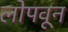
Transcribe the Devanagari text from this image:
लोपवून